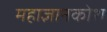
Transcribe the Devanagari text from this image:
महाज्ञानकोश